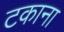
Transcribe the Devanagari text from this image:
टकाना